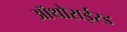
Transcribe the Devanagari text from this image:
ऑथोराईस्ड